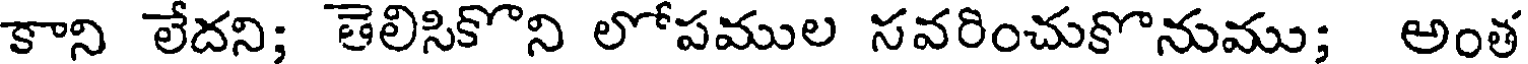
కాని లేదని; తెలిసికొని లోపముల సవరించుకొనుము; అంత